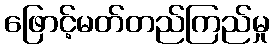
ဖြောင့်မတ်တည်ကြည်မှု